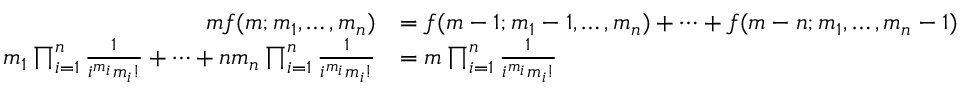
{ \begin{array} { r l } { m f ( m ; m _ { 1 } , \ldots , m _ { n } ) } & { = f ( m - 1 ; m _ { 1 } - 1 , \ldots , m _ { n } ) + \cdots + f ( m - n ; m _ { 1 } , \ldots , m _ { n } - 1 ) } \\ { m _ { 1 } \prod _ { i = 1 } ^ { n } { \frac { 1 } { i ^ { m _ { i } } m _ { i } ! } } + \cdots + n m _ { n } \prod _ { i = 1 } ^ { n } { \frac { 1 } { i ^ { m _ { i } } m _ { i } ! } } } & { = m \prod _ { i = 1 } ^ { n } { \frac { 1 } { i ^ { m _ { i } } m _ { i } ! } } } \end{array} }